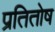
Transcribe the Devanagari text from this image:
प्रतितोष